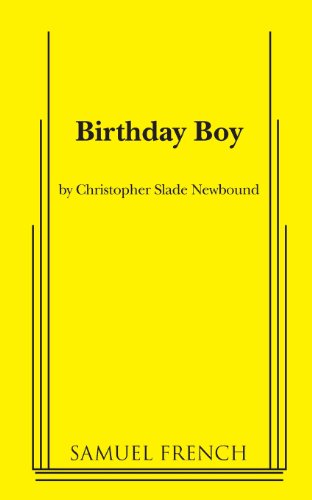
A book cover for Birthday Boy; Christopher Slade Newbound; Humor & Entertainment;